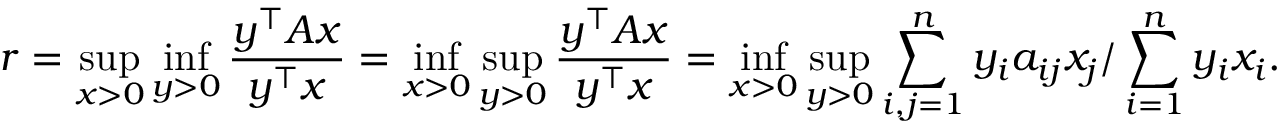
r = \operatorname* { s u p } _ { x > 0 } \operatorname* { i n f } _ { y > 0 } { \frac { y ^ { \top } A x } { y ^ { \top } x } } = \operatorname* { i n f } _ { x > 0 } \operatorname* { s u p } _ { y > 0 } { \frac { y ^ { \top } A x } { y ^ { \top } x } } = \operatorname* { i n f } _ { x > 0 } \operatorname* { s u p } _ { y > 0 } \sum _ { i , j = 1 } ^ { n } y _ { i } a _ { i j } x _ { j } / \sum _ { i = 1 } ^ { n } y _ { i } x _ { i } .